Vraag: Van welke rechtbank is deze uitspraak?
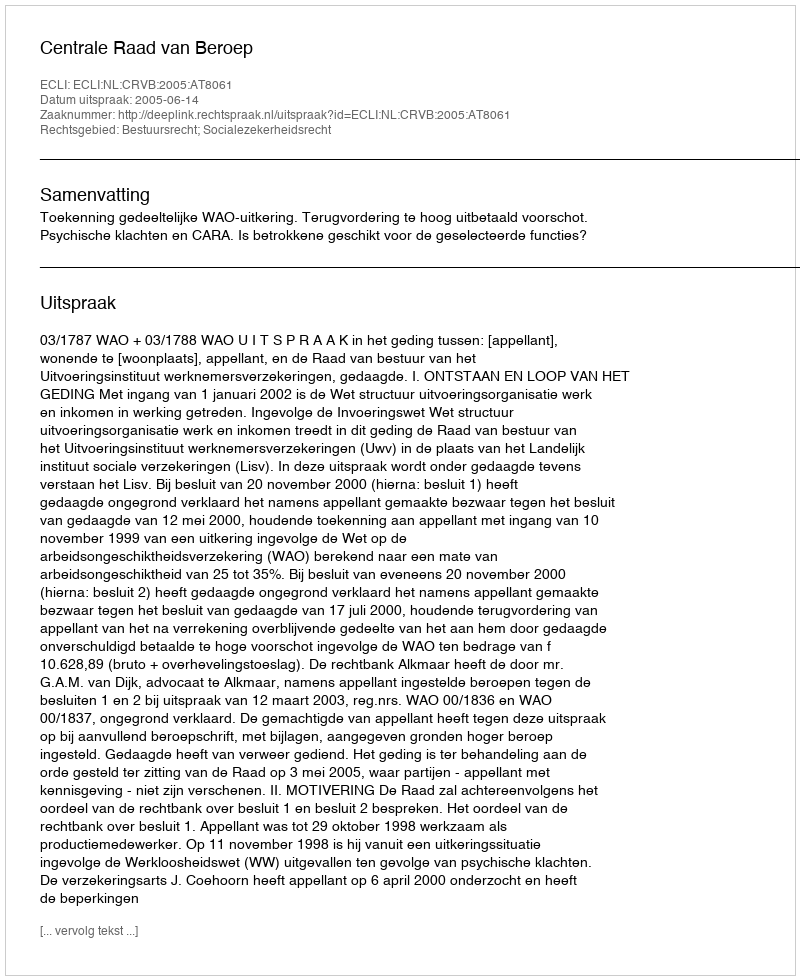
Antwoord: Centrale Raad van Beroep